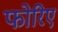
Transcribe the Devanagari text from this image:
फोरिए